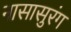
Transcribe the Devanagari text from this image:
नासासुरंग